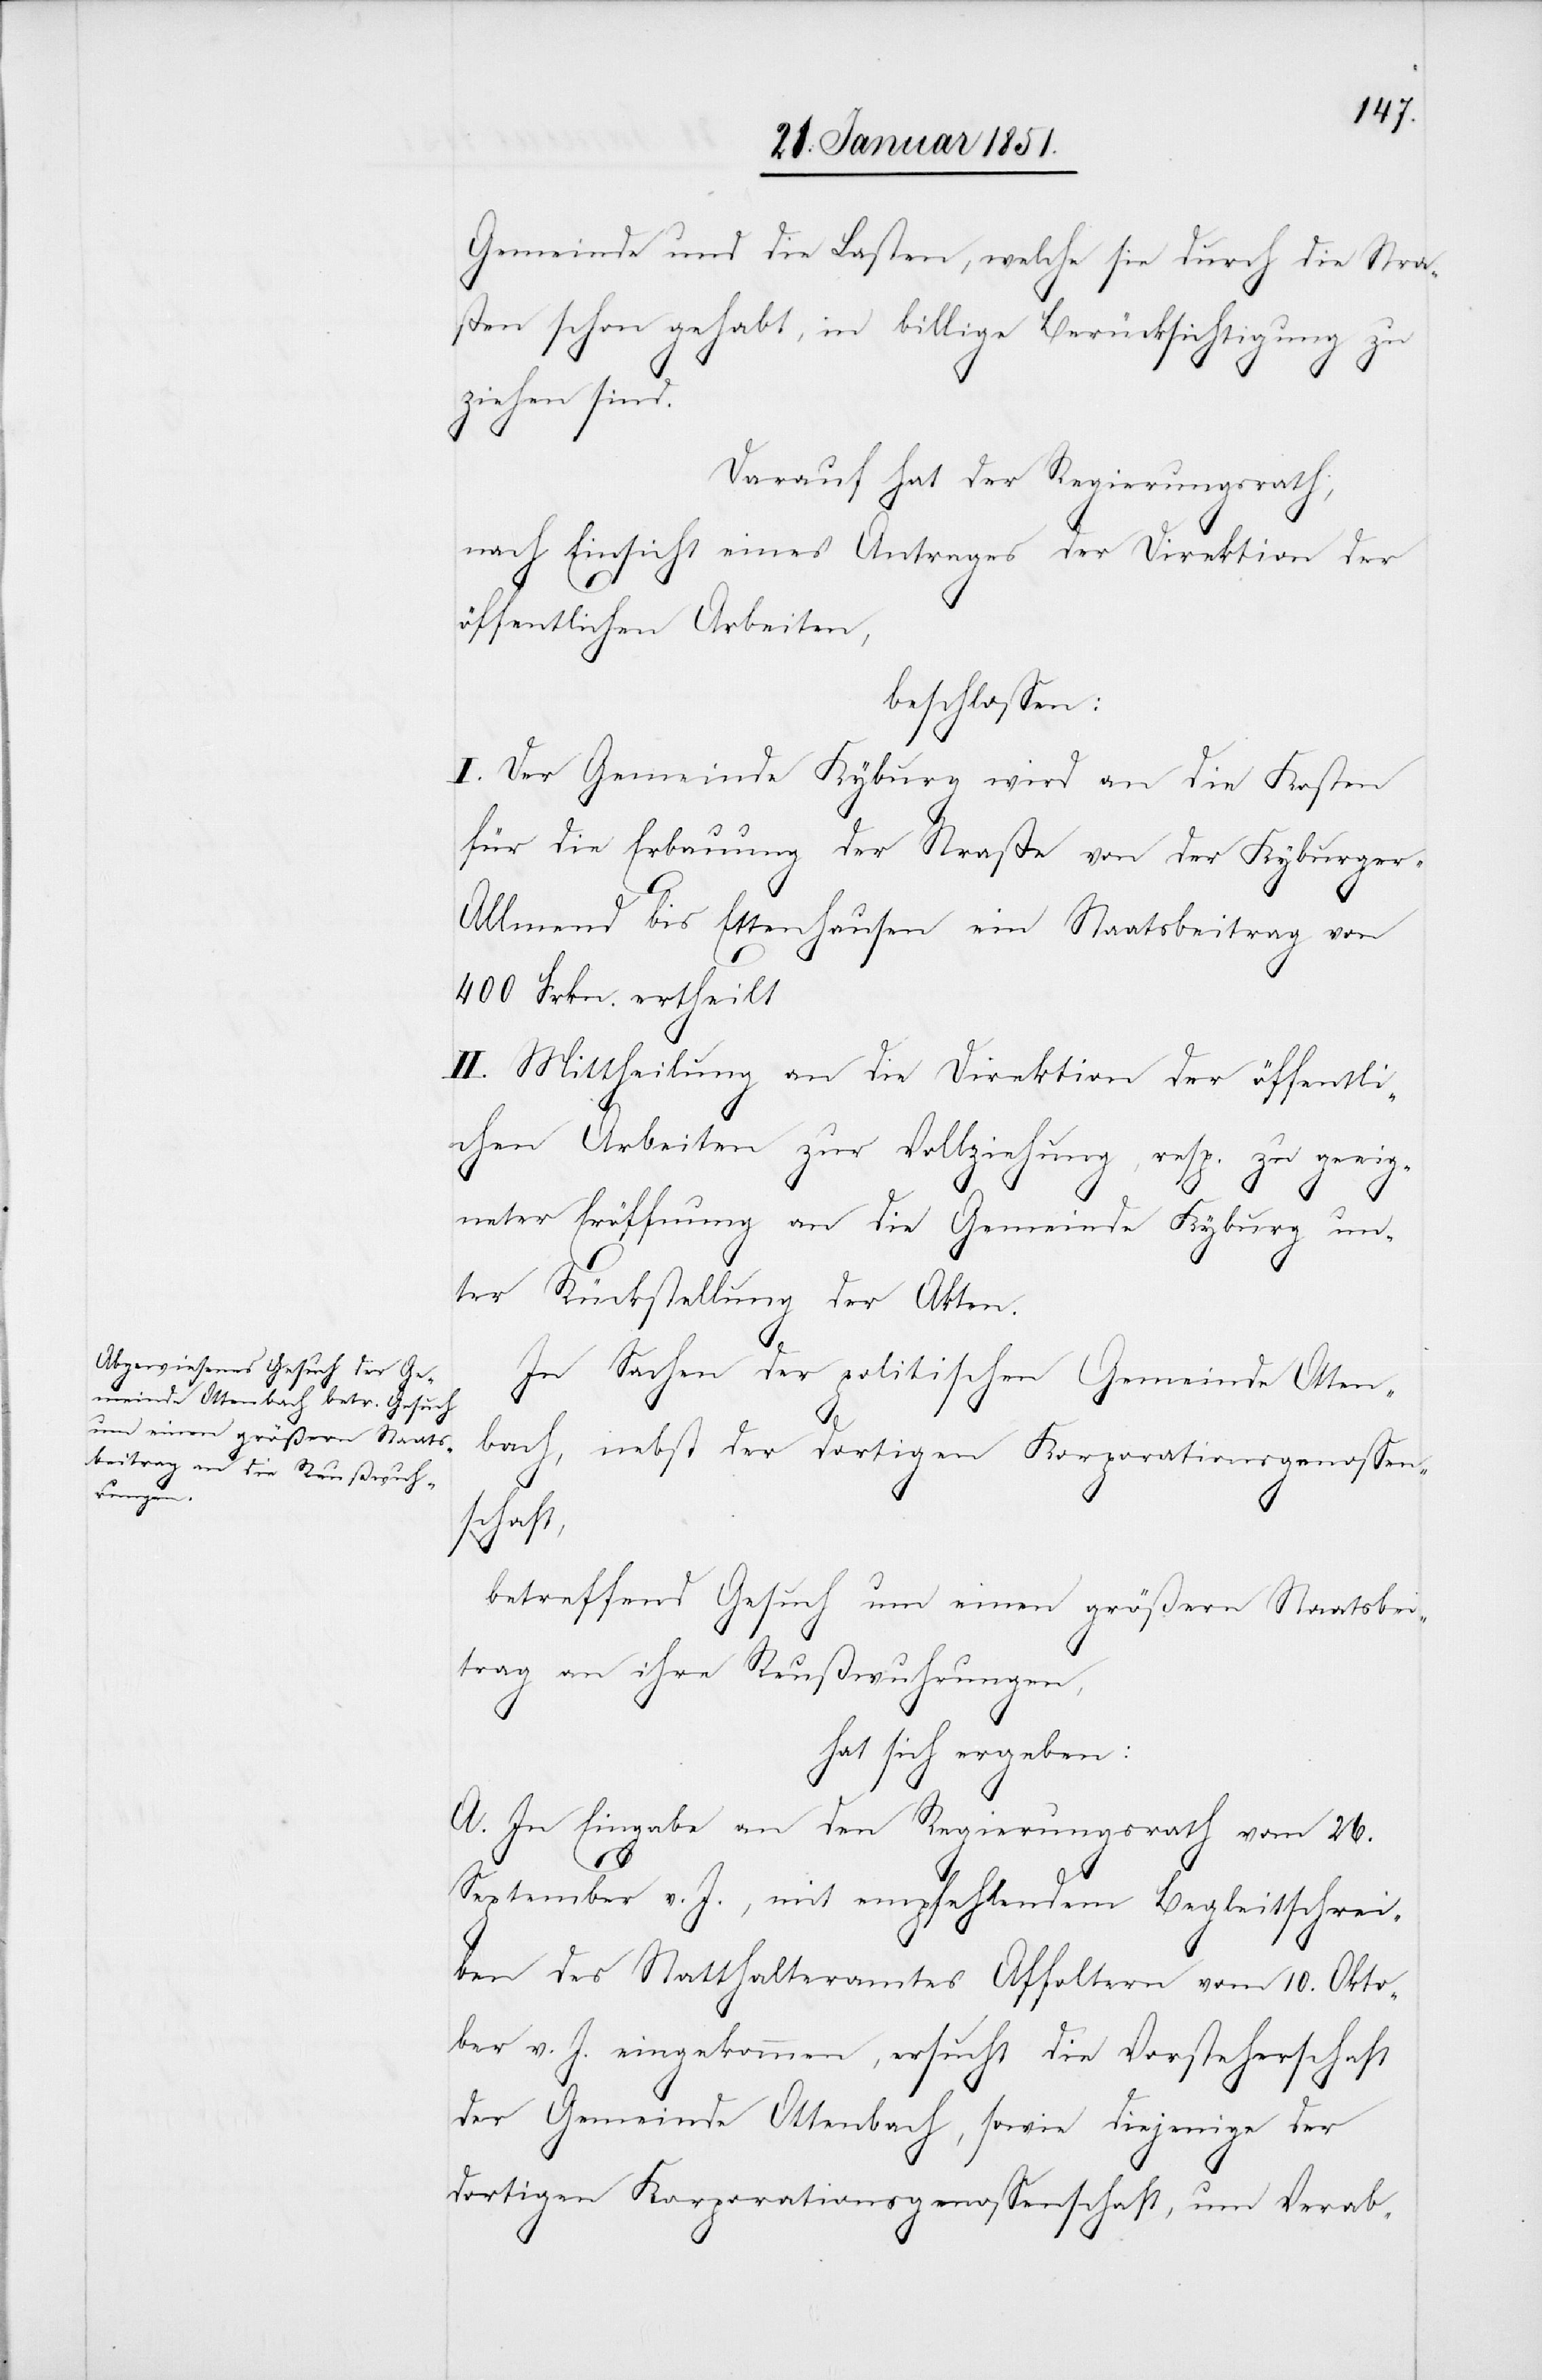
Gemeinde und die Lasten, welche sie durch die Stra¬
ßen schon gehabt, in billige Berücksichtigung zu
ziehen sind.
Darauf hat der Regierungsrath,
nach Einsicht eines Antrages der Direktion der
öffentlichen Arbeiten,
beschlossen:
I. Der Gemeinde Kyburg wird an die Kosten
für die Erbauung der Straße von der Kyburger-A¬
llmend bis Ettenhausen ein Staatsbeitrag von
400 Frkn. ertheilt
II. Mittheilung an die Direktion der öffentli¬
chen Arbeiten zur Vollziehung, resp. zu geeig¬
neter Eröffnung an die Gemeinde Kyburg un¬
ter Rückstellung der Akten.
In Sachen der politischen Gemeinde Otten¬
bach, nebst der dortigen Korporationsgenossen¬
schaft,
betreffend Gesuch um einen größern Staatsbei¬
trag an ihre Reußwuhrungen,
hat sich ergeben:
A. In Eingabe an den Regierungsrath vom 26.
September v. J., mit empfehlendem Begleitschrei¬
ben des Statthalteramtes Affoltern vom 10. Okto¬
ber v. J. eingekommen, ersucht die Vorsteherschaft
der Gemeinde Ottenbach, sowie diejenige der
dortigen Korporationsgenossenschaft, um Verab-